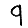
Digit: 9